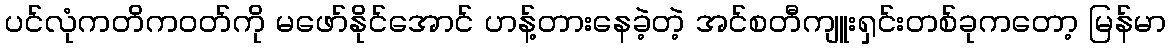
ပင်လုံကတိကဝတ်ကို မဖော်နိုင်အောင် ဟန့်တားနေခဲ့တဲ့ အင်စတီကျူးရှင်းတစ်ခုကတော့ မြန်မာ